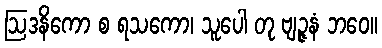
ဩဒနိကော စ ရသကော၊ သူပေါ တု ဗျဉ္ဇနံ ဘဝေ။